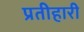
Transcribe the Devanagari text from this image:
प्रतीहारी